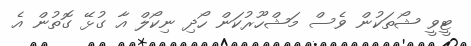
ޓީވީ ޝޯތަކުން ވެސް މަޝްހޫރުކަން ހޯދި ނިކޯލް އާ ގުޅޭ ގޮތުން އެ